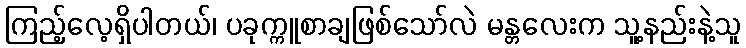
ကြည့်လေ့ရှိပါတယ်၊ ပခုက္ကူစာချဖြစ်သော်လဲ မန္တလေးက သူ့နည်းနဲ့သူ